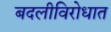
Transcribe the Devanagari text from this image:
बदलीविरोधात